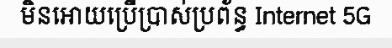
មិនអោយប្រើប្រាស់ប្រព័ន្ធ Internet 5G